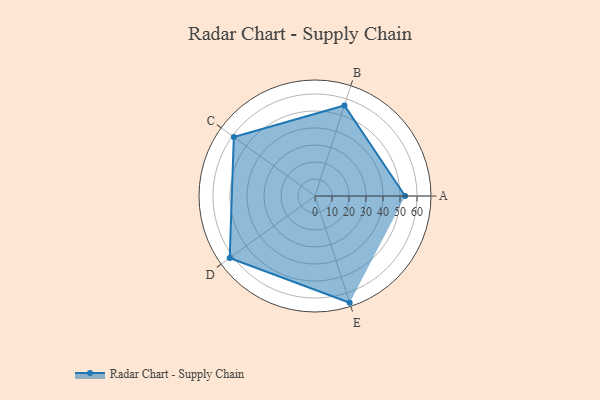
{"axis": {"x": "Skill", "y": "Score"}, "legend": ["Profile"], "data": [{"x": "A", "y": 53.0, "type": "Profile"}, {"x": "B", "y": 56.0, "type": "Profile"}, {"x": "C", "y": 59.0, "type": "Profile"}, {"x": "D", "y": 62.0, "type": "Profile"}, {"x": "E", "y": 66.0, "type": "Profile"}]}